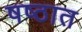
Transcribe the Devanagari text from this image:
षष्ठात